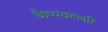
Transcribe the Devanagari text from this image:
कैप्पवल्लरि